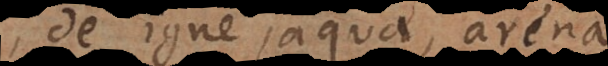
de igne, aqua, arena,